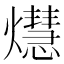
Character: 𤑡